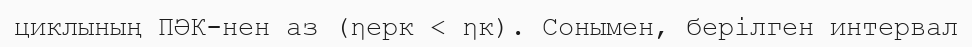
циклының ПӘК-нен аз (ηерк < ηк). Сонымен, берілген интервал